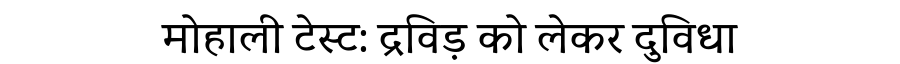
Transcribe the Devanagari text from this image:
मोहाली टेस्ट: द्रविड़ को लेकर दुविधा